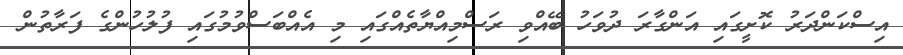
އިސްކަންދަަރު ކޮށީގައި އަންގާރަ ދުވަހު ބޭއްވި ރަސްމިއްޔާތެއްގައި މި އެއްބަސްވުމުގައި ފުލުހުންގެ ފަރާތުން